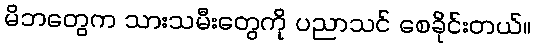
မိဘတွေက သားသမီးတွေကို ပညာသင် စေခိုင်းတယ်။